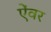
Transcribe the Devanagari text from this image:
ऐंवर